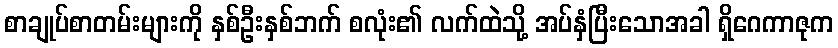
စာချုပ်စာတမ်းများကို နှစ်ဦးနှစ်ဘက် စလုံး၏ လက်ထဲသို့ အပ်နှံပြီးသောအခါ ရှိဂေကာဇုက